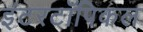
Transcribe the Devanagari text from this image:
इंटरटॉपिकल